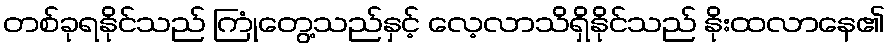
တစ်ခုရနိုင်သည် ကြုံတွေ့သည်နှင့် လေ့လာသိရှိနိုင်သည် နိုးထလာနေ၏